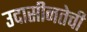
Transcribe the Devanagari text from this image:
उदासीनतेची